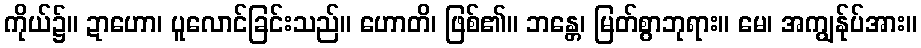
ကိုယ်၌။ ဍာဟော၊ ပူလောင်ခြင်းသည်။ ဟောတိ၊ ဖြစ်၏။ ဘန္တေ၊ မြတ်စွာဘုရား။ မေ၊ အကျွန်ုပ်အား။